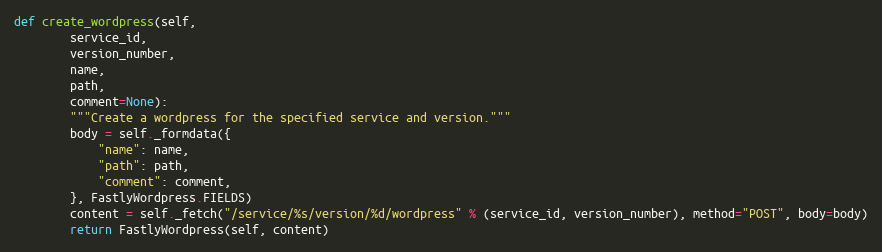
Language: Python
def create_wordpress(self,
		service_id,
		version_number,
		name,
		path,
		comment=None):
		"""Create a wordpress for the specified service and version."""
		body = self._formdata({
			"name": name,
			"path": path,
			"comment": comment,
		}, FastlyWordpress.FIELDS)
		content = self._fetch("/service/%s/version/%d/wordpress" % (service_id, version_number), method="POST", body=body)
		return FastlyWordpress(self, content)